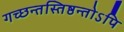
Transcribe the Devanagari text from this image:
गच्छन्तस्तिष्ठन्तोऽपि